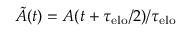
\tilde { A } ( t ) = A ( t + \tau _ { \mathrm { e l o } } / 2 ) / \tau _ { \mathrm { e l o } }